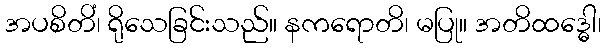
အပစိတိံ၊ ရိုသေခြင်းသည်။ နကရောတိ၊ မပြု။ အတိထဒ္ဓေါ၊